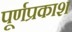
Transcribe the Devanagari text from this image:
पूर्णप्रकाश